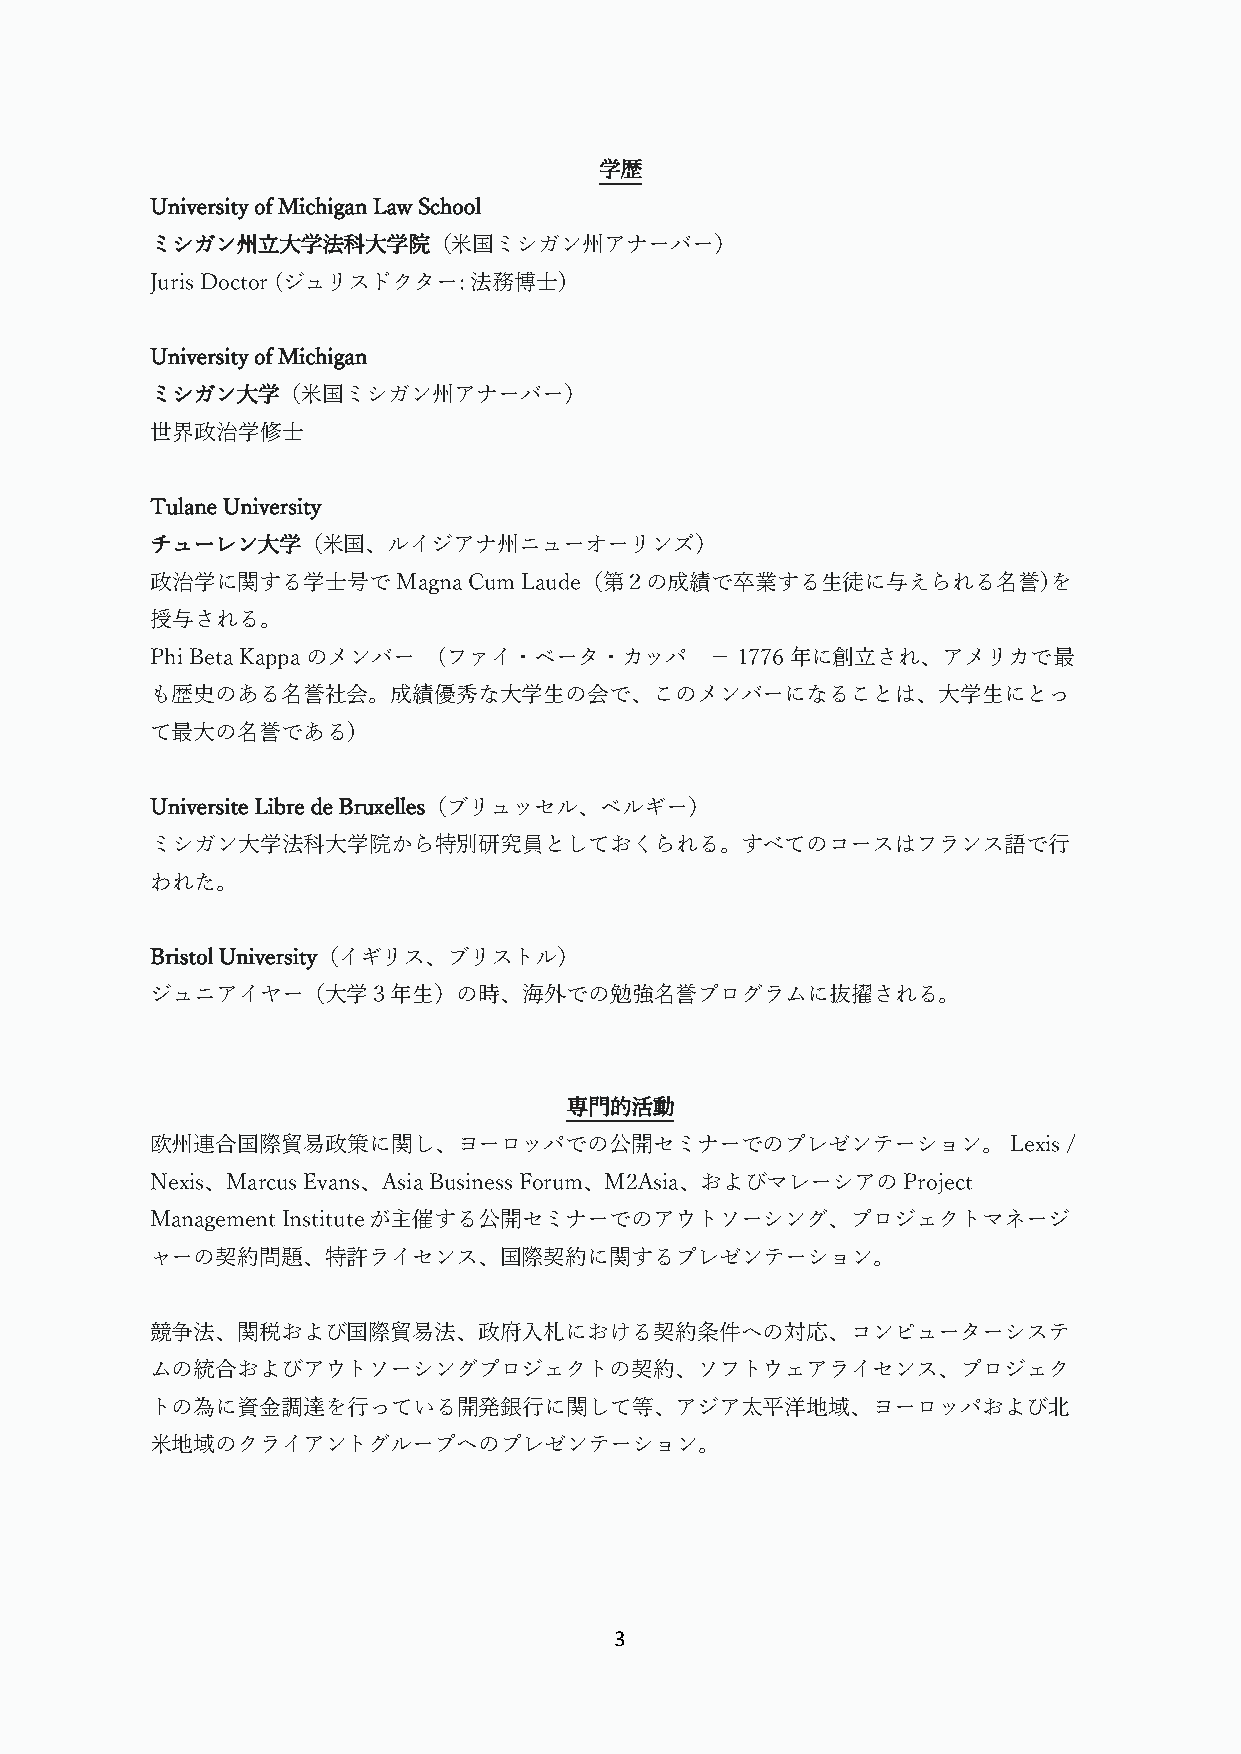
学歴
 University of Michigan Law School
 ミシガン州立大学法科大学院（米国ミシガン州アナーバー）
 Juris Doctor (ジュリスドクター: 法務博士)
 University of Michigan
 ミシガン大学（米国ミシガン州アナーバー）
 世界政治学修士
 Tulane University
 チューレン大学（米国、ルイジアナ州ニューオーリンズ）
 政治学に関する学士号でMagna     Cum Laude（第２の成績で卒業する生徒に与えられる名誉)を
 授与される。
 Phi Beta Kappaのメンバー (ファイ・ベータ・カッパ     － 1776年に創立され、アメリカで最
 も歴史のある名誉社会。成績優秀な大学生の会で、このメンバーになることは、大学生にとっ
 て最大の名誉である)
 Universite Libre de Bruxelles（ブリュッセル、ベルギー）
 ミシガン大学法科大学院から特別研究員としておくられる。すべてのコースはフランス語で行
 われた。
 Bristol University（イギリス、ブリストル）
 ジュニアイヤー（大学３年生）の時、海外での勉強名誉プログラムに抜擢される。
 専門的活動
 欧州連合国際貿易政策に関し、ヨーロッパでの公開セミナーでのプレゼンテーション。                  Lexis /
 Nexis、Marcus Evans、Asia Business Forum、M2Asia、およびマレーシアのProject
 Management Instituteが主催する公開セミナーでのアウトソーシング、プロジェクトマネージ
 ャーの契約問題、特許ライセンス、国際契約に関するプレゼンテーション。
 競争法、関税および国際貿易法、政府入札における契約条件への対応、コンピューターシステ
 ムの統合およびアウトソーシングプロジェクトの契約、ソフトウェアライセンス、プロジェク
 トの為に資金調達を行っている開発銀行に関して等、アジア太平洋地域、ヨーロッパおよび北
 米地域のクライアントグループへのプレゼンテーション。
 3